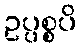
ဥပ္ပစ္စပိ